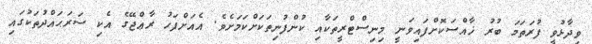
ވިދާޅުވީ ފުރަތަމަ ބުރު ޚާއްސަކޮށްފައިވަނީ މިނިސްޓްރީތަކާއި ކުންފުނިތަކަށްކަމަށެވެ. އެއަށްފަހު ރާޢްޖޭގެ އެކި ސަރަޙައްދުތަކުގައި